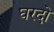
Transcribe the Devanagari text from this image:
घरदो